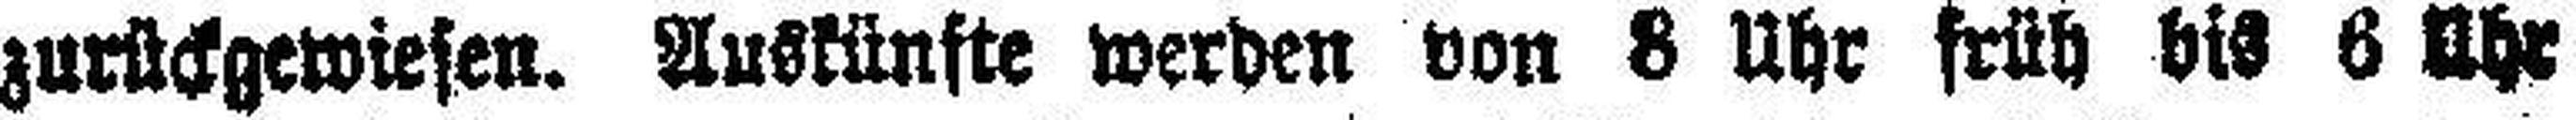
zurückgewiesen. Auskünfte werden von 8 Uhr früh bis 6 Uhr